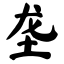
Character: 垄